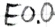
Text: E0.0